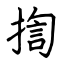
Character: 揈